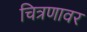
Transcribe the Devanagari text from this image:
चित्रणावर